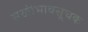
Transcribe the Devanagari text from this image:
सखीभावसूचक